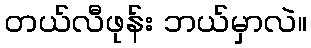
တယ်လီဖုန်း ဘယ်မှာလဲ။